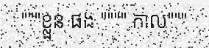
"""ខ្លួន ផង """" កាល"""